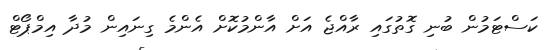
ކަސްޓަމުން ބުނި ގޮތުގައި ރާއްޖެ އަށް އާންމުކޮށް އެންމެ ގިނައިން މުދާ އިމްޕޯޓް